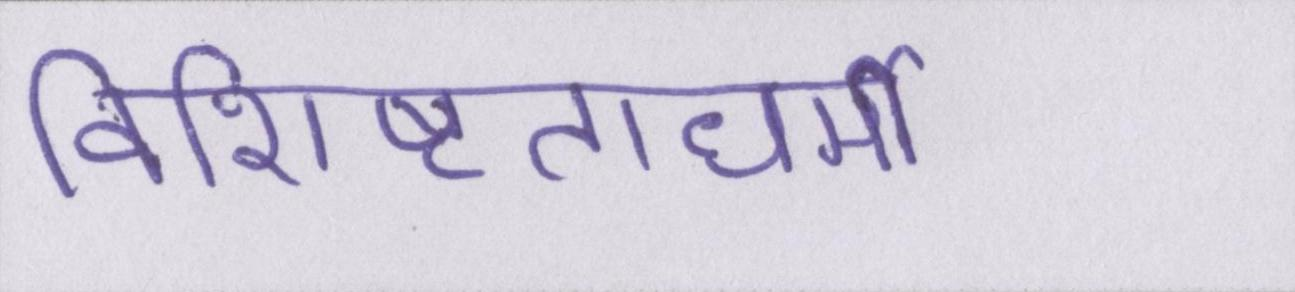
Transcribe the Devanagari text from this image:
विशिष्टताधर्मी